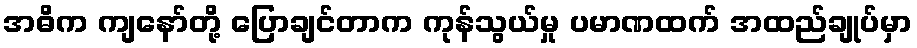
အဓိက ကျနော်တို့ ပြောချင်တာက ကုန်သွယ်မှု ပမာဏထက် အထည်ချုပ်မှာ